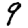
Digit: 9